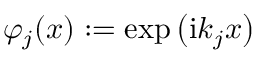
\varphi _ { j } ( x ) : = \exp \big ( \mathrm { i } k _ { j } x \big )